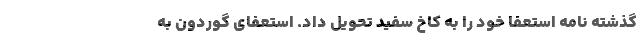
گذشته نامه استعفا خود را به کاخ سفید تحویل داد. استعفای گوردون به